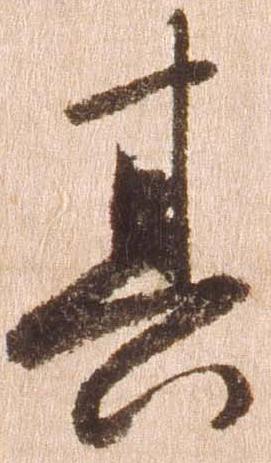
其